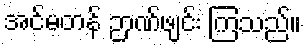
အင်မတန် ဉာဏ်ဖျင်း ကြသည်။